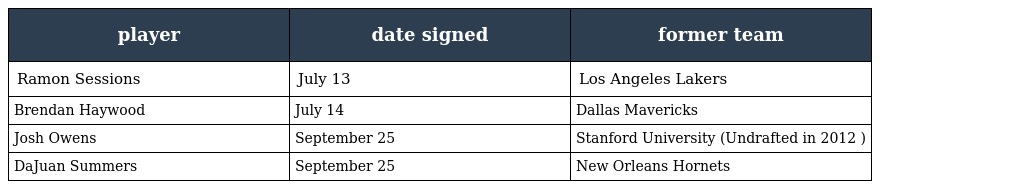
| player | date signed | former team |
 | --- | --- | --- |
 | Ramon Sessions | July 13 | Los Angeles Lakers |
 | Brendan Haywood | July 14 | Dallas Mavericks |
 | Josh Owens | September 25 | Stanford University (Undrafted in 2012 ) |
 | DaJuan Summers | September 25 | New Orleans Hornets |